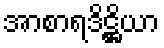
အာစာရဒိဋ္ဌိယာ